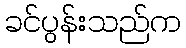
ခင်ပွန်းသည်က